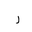
Letter: _ra